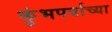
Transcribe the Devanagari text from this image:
कुंभपर्वाच्या